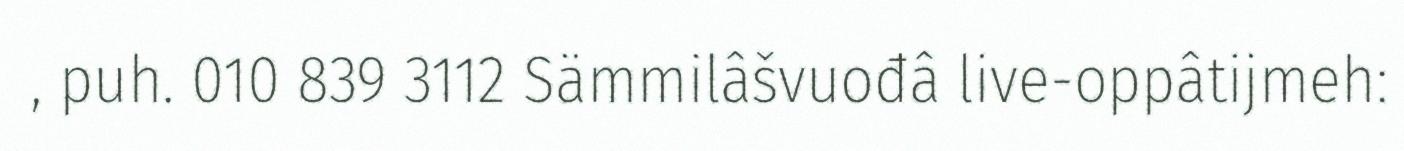
, puh. 010 839 3112 Sämmilâšvuođâ live-oppâtijmeh: